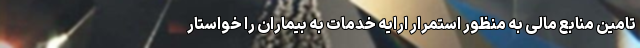
تامین منابع مالی به منظور استمرار ارایه خدمات به بیماران را خواستار